Report on vaccination in the Province of Bengal - 1874-1889
Year: 1874
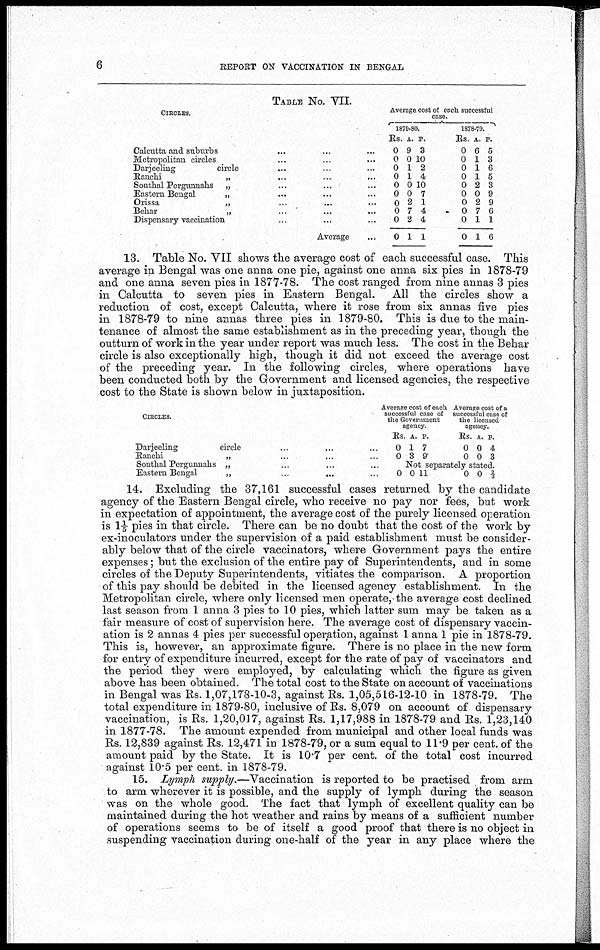
6
REPORT ON VACCINATION IN BENGAL
TABLE NO. VII.
CIRCLES.
Calcutta and suburbs... ... ... ... ... ...
Metropolitan circles... ... ... ... ... ...
Darjeeling
circle ... ... ... ... ... ...
Ranchi
„
... ... ... ... ...
Sonthal Pergunnahs
„ ... ... ... ...
Eastern Bengal„ ... ... ... ...
Orissa
„
...
...
... ...
Behar
„ ... ... ... ...
Dispensary vaccination... ...
Average
...
Average cost of each successful
case.
1879-80.
Rs.
0
0
0
0
0
0
0
0
0
0
A.
9
0
1
1
0
0
2
7
2
1
P.
3
10
2
4
10
7
1
4
4
1
1878-79.
Rs.
0
0
0
0
0
0
0
0
0
0
A.
6
1
1
1
2
0
2
7
1
1
P.
5
3
6
5
3
9
9
6
1
6
13. Table No. VII shows the average cost of each successful case. This
average in Bengal was one anna one pie, against one anna six pies in 1878-79
and one anna seven pies in 1877-78. The cost ranged from nine annas 3 pies
in Calcutta to seven pies in Eastern Bengal. All the circles show a
reduction of cost, except Calcutta, where it rose from six annas five pies
in 1878-79 to nine annas three pies in 1879-80. This is due to the main-
tenance of almost the same establishment as in the preceding year, though the
outturn of work in the year under report was much less. The cost in the Behar
circle is also exceptionally high, though it did not exceed the average cost
of the preceding year. In the following circles, where operations have
been conducted both by the Government and licensed agencies, the respective
cost to the State is shown below in juxtaposition.
CIRCLES.
Darjeeling
circle... ... ...
Ranchi
„
...
...
Sonthal Pergunnahs „
...
...
Eastern Bengal
„
... ...
Average cost of each
successful case of
the Government
agency.
Rs.
0
0
0
A.
1
3
P.
7
9
Average cost of a
successful case of
the licensed
agency.
Rs.
0
0
A.
0
0
P.
4
3
Not separately stated.
0 11
0 0 2/3
14. Excluding the 37,161 successful cases returned by the candidate
agency of the Eastern Bengal circle, who receive no pay nor fees, but work
in expectation of appointment, the average cost of the purely licensed operation
is 1 1/ 5 pies in that circle. There can be no doubt that the cost of the work by
ex-inoculators under the supervision of a paid establishment must be consider-
ably below that of the circle vaccinators, where Government pays the entire
expenses; but the exclusion of the entire pay of Superintendents, and in some
circles of the Deputy Superintendents, vitiates the comparison. A proportion
of this pay should be debited in the licensed agency establishment. In the
Metropolitan circle, where only licensed men operate, the average cost declined
last season from 1 anna 3 pies to 10 pies, which latter sum may be taken as a
fair measure of cost of supervision here. The average cost of dispensary vaccin-
ation is 2 annas 4 pies per successful operation, against 1 anna 1 pie in 1878-79.
This is, however, an approximate figure. There is no place in the new form
for entry of expenditure incurred, except for the rate of pay of vaccinators and
the period they were employed, by calculating which the figure as given
above has been obtained. The total cost to the State on account of vaccinations
in Bengal was Rs. 1,07,178-10-3, against Rs. 1,05,516-12-10 in 1878-79. The
total expenditure in 1879-80, inclusive of Rs. 8,079 on account of dispensary
vaccination, is Rs. 1,20,017, against Rs. 1,17,988 in 1878-79 and Rs. 1,23,140
in 1877-78. The amount expended from municipal and other local funds was
Rs. 12,839 against Rs. 12,471 in 1878-79, or a sum equal to 11.9 per cent. of the
amount paid by the State. It is 10.7 per cent. of the total cost incurred
against 10.5 per cent. in 1878-79.
15. Lymph supply.—Vaccination is reported to be practised from arm
to arm wherever it is possible, and the supply of lymph during the season
was on the whole good. The fact that lymph of excellent quality can be
maintained during the hot weather and rains by means of a sufficient number
of operations seems to be of itself a good proof that there is no object in
suspending vaccination during one-half of the year in any place where the